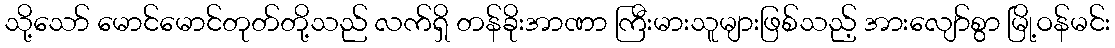
သို့သော် မောင်မောင်တုတ်တို့သည် လက်ရှိ တန်ခိုးအာဏာ ကြီးမားသူများဖြစ်သည့် အားလျော်စွာ မြို့ဝန်မင်း